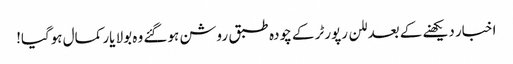
اخبار دیکھنے کے بعد للن رپورٹر کے چودہ طبق روشن ہوگئے وہ بولا یار کمال ہوگیا!